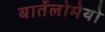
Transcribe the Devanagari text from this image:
बार्तेलोमेयो